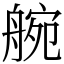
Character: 䑱